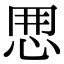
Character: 𢘼